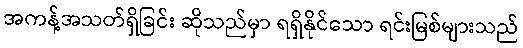
အကန့်အသတ်ရှိခြင်း ဆိုသည်မှာ ရရှိနိုင်သော ရင်းမြစ်များသည်